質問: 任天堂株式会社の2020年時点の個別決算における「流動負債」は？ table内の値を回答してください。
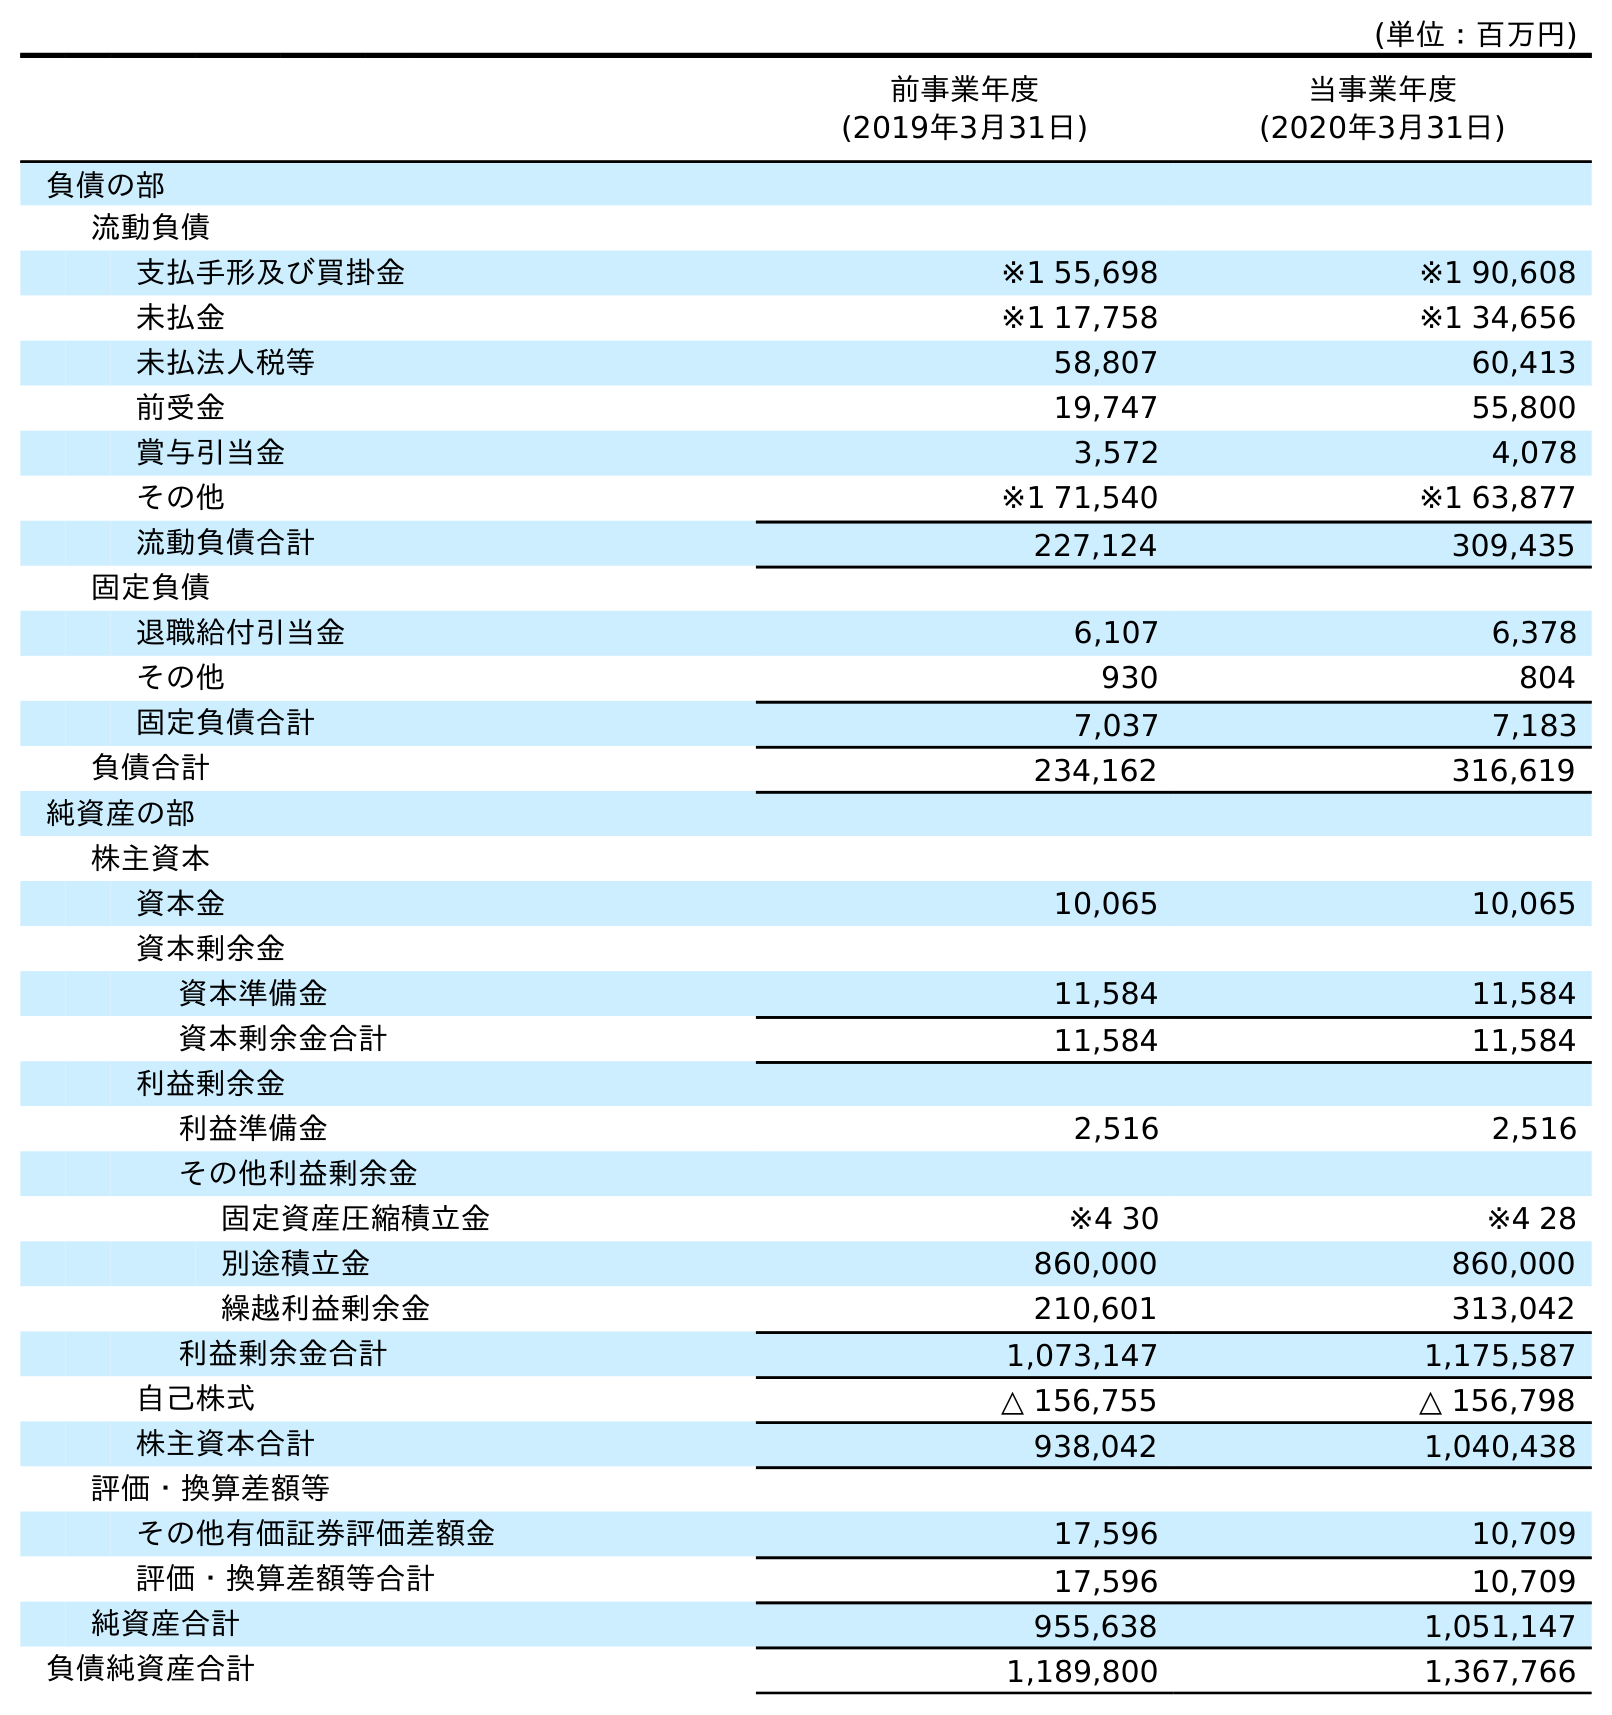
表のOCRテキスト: (単位：百万円) 前事業年度 (2019年3月31日) 当事業年度 (2020年3月31日) 負債の部 流動負債 支払手形及び買掛金 ※1 55,698 ※1 90,608 未払金 ※1 17,758 ※1 34,656 未払法人税等 58,807 60,413 前受金 19,747 55,800 賞与引当金 3,572 4,078 その他 ※1 71,540 ※1 63,877 流動負債合計 227,124 309,435 固定負債 退職給付引当金 6,107 6,378 その他 930 804 固定負債合計 7,037 7,183 負債合計 234,162 316,619 純資産の部 株主資本 資本金 10,065 10,065 資本剰余金 資本準備金 11,584 11,584 資本剰余金合計 11,584 11,584 利益剰余金 利益準備金 2,516 2,516 その他利益剰余金 固定資産圧縮積立金 ※4 30 ※4 28 別途積立金 860,000 860,000 繰越利益剰余金 210,601 313,042 利益剰余金合計 1,073,147 1,175,587 自己株式 △ 156,755 △ 156,798 株主資本合計 938,042 1,040,438 評価・換算差額等 その他有価証券評価差額金 17,596 10,709 評価・換算差額等合計 17,596 10,709 純資産合計 955,638 1,051,147 負債純資産合計 1,189,800 1,367,766
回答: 309,435